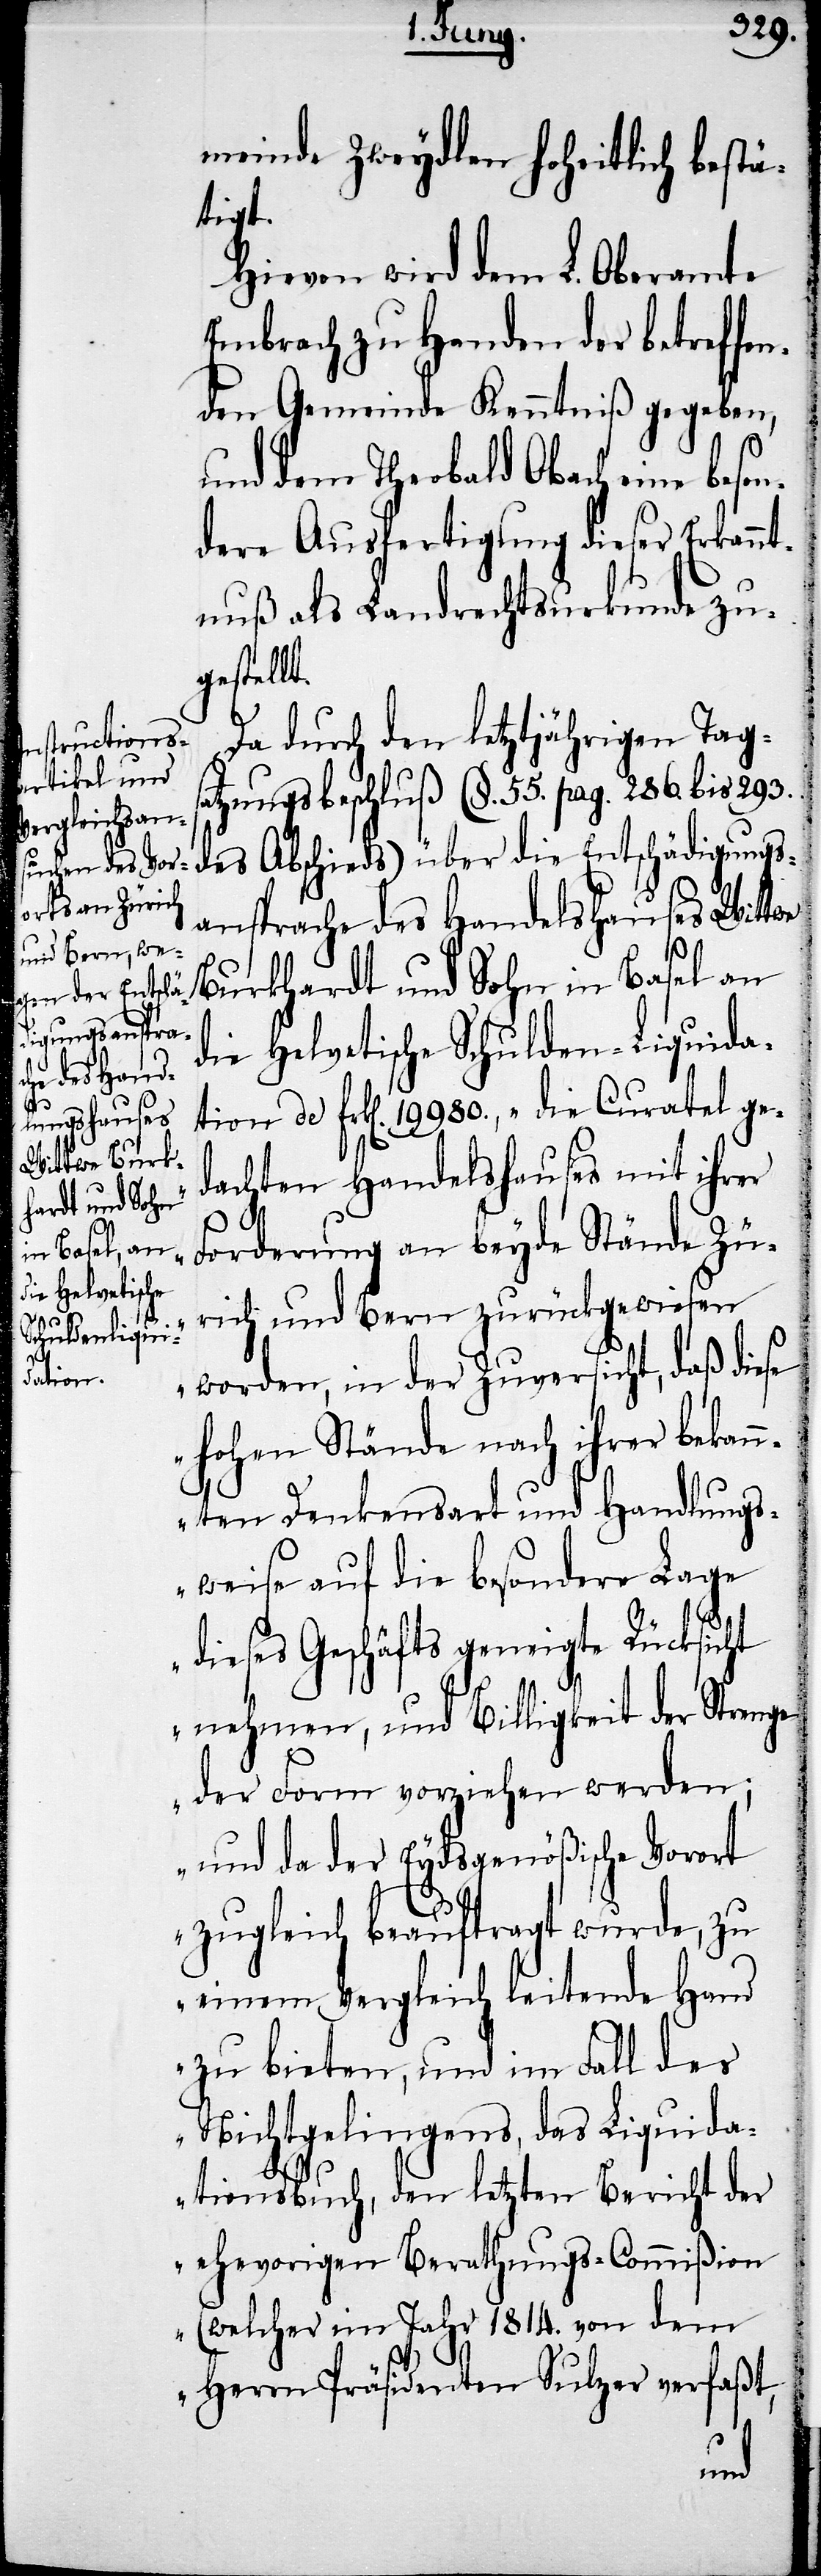
meinde Zwydlen Hoheitlich bestä¬
tigt.
Hievon wird dem L. Oberamte
Embrach zu Handen der betreffen¬
den Gemeinde Kenntniß gegeben,
und dem Theobald Obach eine beson¬
dere Ausfertigung dieser Erkannt¬
nuß als Landrechtsurkunde zu¬
gestellt.
Da durch den letztjährigen Tags¬
atzungsbeschluß (§. 55. pag. 286. bis 293.
des Abschieds) über die Entschädigungs¬
ansprache des Handelshauses Wittwe
Burkhardt und Sohn in Basel an
die Helvetische Schulden-Liquida¬
tion de Frk[en]. 19980., „die Curatel ge¬
dachten Handelshauses mit ihrer
Forderung an beyde Stände Zü¬
rich und Bern zurückgewiesen
worden, in der Zuversicht, daß diese
hohen Stände nach ihrer bekann¬
ten Denkensart und Handlungs¬
weise auf die besondere Lage
dieses Geschäfts geneigte Rücksicht
nehmen, und Billigkeit der Strenge
der Form vorziehen werden;
und da der Eydsgenößische Vorort
zugleich beauftragt wurde, zu
einem Vergleich leitende Hand
zu bieten, und im Fall des
Nichtgelingens, das Liquida¬
tionsbuch, den letzten Bericht der
ehevorigen Berathungs-Commißion
(welcher im Jahr 1814. von dem
Herrn Präsidenten Sulzer verfaßt,